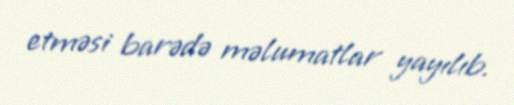
etməsi barədə məlumatlar yayılıb.